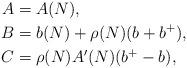
LaTeX: \begin{align*}A &= A(N), \\B &= b(N) + \rho(N)(b+b^+),\\C &= \rho(N)A'(N)(b^+-b),\end{align*}